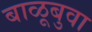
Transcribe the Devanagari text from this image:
बाळूबुवा